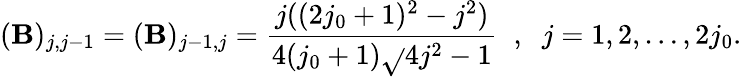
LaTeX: (\mathbf{B})_{j,j-1}=(\mathbf{B})_{j-1,j}=\frac{{j((2j_{0}+1)^{2}-j^{2})}}{{4(j_{0}+1)\sqrt{}{{4j^{2}-1}}}}\; \; ,\; \; j=1,2,\ldots,2j_{0}.